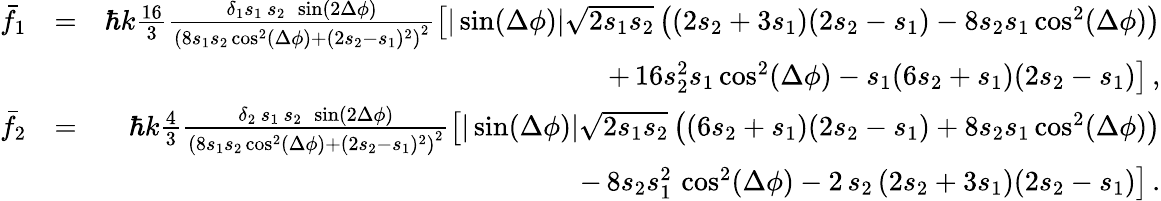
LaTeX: \begin{array}{rlr}{{\bar{f}}_{1}}&{=}&{\hbar k\frac{16}{3}\frac{\delta_{1}s_{1}\, s_{2}\, \, \sin(2\Delta\phi)}{\left(8s_{1}s_{2}\cos^{2}(\Delta\phi)+(2s_{2}-s_{1})^{2}\right)^{2}}\left[|\sin(\Delta\phi)|\sqrt{2s_{1}s_{2}}\left((2s_{2}+3s_{1})(2s_{2}-s_{1})-8s_{2}s_{1}\cos^{2}(\Delta\phi)\right)\right.}\\ &{}&{+\left.16s_{2}^{2}s_{1}\cos^{2}(\Delta\phi)-s_{1}(6s_{2}+s_{1})(2s_{2}-s_{1})\right]\, ,}\\ {{\bar{f}}_{2}}&{=}&{\hbar k\frac{4}{3}\frac{\delta_{2}\, s_{1}\, s_{2}\, \, \sin(2\Delta\phi)}{\left(8s_{1}s_{2}\cos^{2}(\Delta\phi)+(2s_{2}-s_{1})^{2}\right)^{2}}\left[|\sin(\Delta\phi)|\sqrt{2s_{1}s_{2}}\left((6s_{2}+s_{1})(2s_{2}-s_{1})+8s_{2}s_{1}\cos^{2}(\Delta\phi)\right)\right.}\\ &{}&{-\left.8s_{2}s_{1}^{2}\, \cos^{2}(\Delta\phi)-2\, s_{2}\, (2s_{2}+3s_{1})(2s_{2}-s_{1})\right]\, .}\end{array}